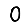
Digit: 0